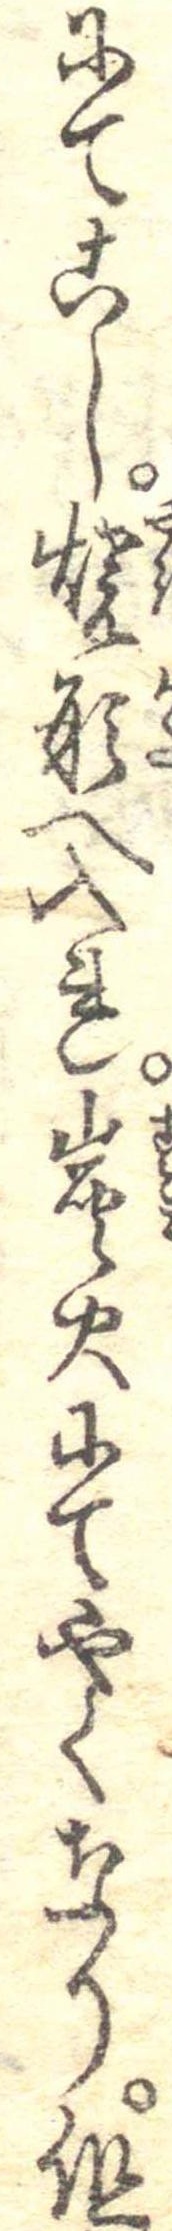
にてこし焼形に入れ炭火にてやくなり但